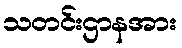
သတင်းဌာနအား